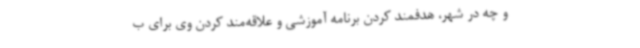
و چه در شهر، هدفمند کردن برنامه آموزشی و علاقه‌مند کردن وی برای ب